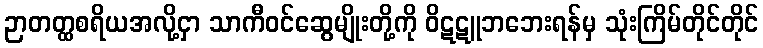
ဉာတတ္ထစရိယအလို့ငှာ သာကီဝင်ဆွေမျိုးတို့ကို ဝိဋဋူဘဘေးရန်မှ သုံးကြိမ်တိုင်တိုင်